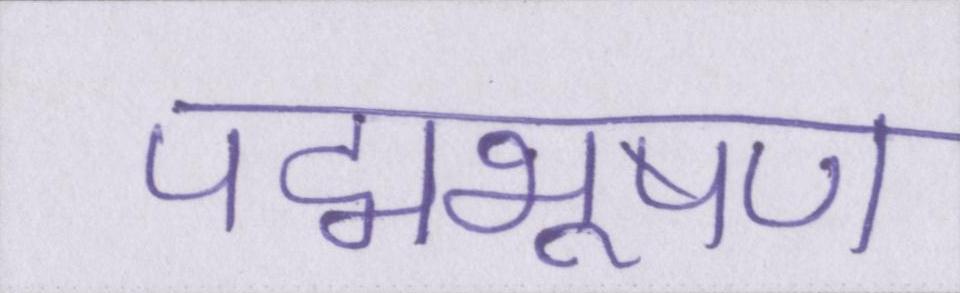
पद्मभूषण